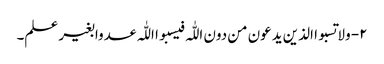
۲- ولا تسبوا الذین یدعون من دون اللّٰہ فیسبوا اللّٰہ عدوا بغیر علم۔